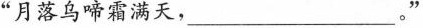
”月落乌啼霜满天，_________。”